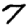
Digit: 7